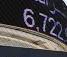
6